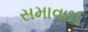
સમાવાઈ